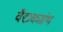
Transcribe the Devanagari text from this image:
वैद्यकग्रंथ